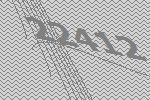
22412